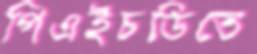
পিএইচডিতে